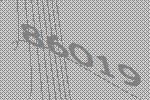
86019